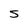
Character: S